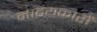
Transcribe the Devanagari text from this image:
नाटयकारों